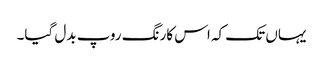
یہاں تک کہ اس کارنگ روپ بدل گیا۔